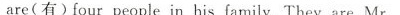
are(有)four people in his family.They are Mr.